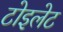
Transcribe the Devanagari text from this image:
टोइलेट